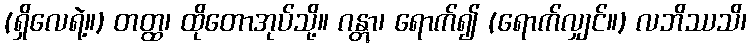
(ရှိလေရဲ့။) တတ္ထ၊ ထိုတောအုပ်သို့။ ဂန္တွာ၊ ရောက်၍ (ရောက်လျှင်။) လဘိဿသိ၊